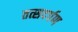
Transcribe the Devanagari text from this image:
तत्सदर्पण